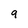
Character: 9